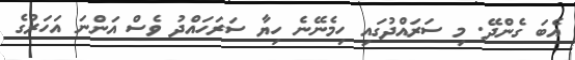
އެބަ ގެންދޭ. މި ސަރައްދުގައި ހިމެނޭނެ ހިޔާ ސަރަހައްދު ވެސް އަންނަ އަހަރުގެ